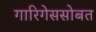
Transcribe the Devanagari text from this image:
गारिगेससोबत